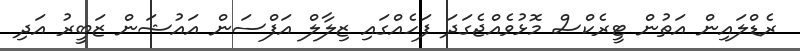
ރެޑްލައިން އަތުން ޓީރެކްސް މޮޅުވެއްޖެގަދަ ފަހެއްގައި ޒިލާލް އަފްސަން އައުޝަން ޒަބީރު އަދި